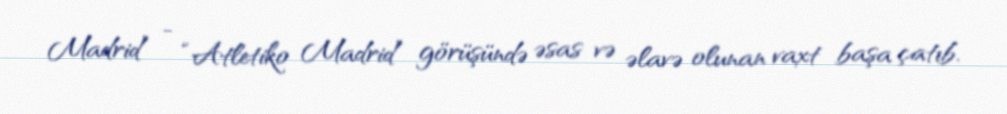
Madrid” - “Atletiko Madrid” görüşündə əsas və əlavə olunan vaxt başa çatıb.